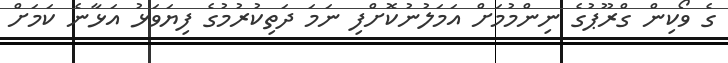
ގެ ވޯކިން ގްރޫޕުގެ ނިންމުމަށް އަމަލުނުކޮށްފި ނަމަ ދަތިކުރުމުގެ ފިޔަވަޅު އަޅާނެ ކަމަށް